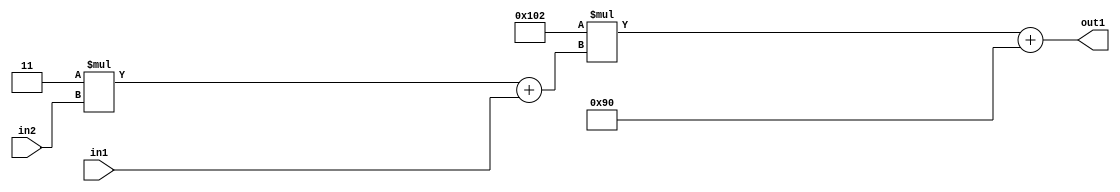
`timescale 1ps / 1ps
/*****************************************************************************
    Verilog RTL Description
    
    
    Created by: Stratus DpOpt 2019.1.01 
*******************************************************************************/

module DC_Filter_Add2i144Mul2i258Add2u1Mul2i3u2_4 (
	in2,
	in1,
	out1
	); /* architecture "behavioural" */ 
input [1:0] in2;
input  in1;
output [11:0] out1;
wire [11:0] asc001;
wire [3:0] asc002;

wire [3:0] asc002_tmp_0;
assign asc002_tmp_0 = 
	+(4'B0011 * in2);
assign asc002 = asc002_tmp_0
	+(in1);

wire [11:0] asc001_tmp_1;
assign asc001_tmp_1 = 
	+(12'B000100000010 * asc002);
assign asc001 = asc001_tmp_1
	+(12'B000010010000);

assign out1 = asc001;
endmodule

/* CADENCE  v7X4Sw0= : u9/ySgnWtBlWxVPRXgAZ4Og= ** DO NOT EDIT THIS LINE ******/